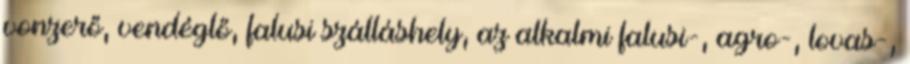
vonzerő, vendéglő, falusi szálláshely, az alkalmi falusi-, agro-, lovas-,